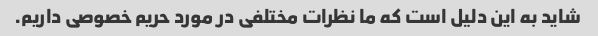
شاید به این دلیل است که ما نظرات مختلفی در مورد حریم خصوصی داریم.